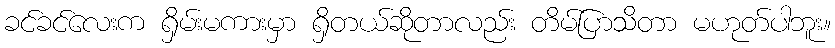
ခင်ခင်လေးက ရှိမ်းမကားမှာ ရှိတယ်ဆိုတာလည်း တိမ်ပြာသိတာ မဟုတ်ပါဘူး။